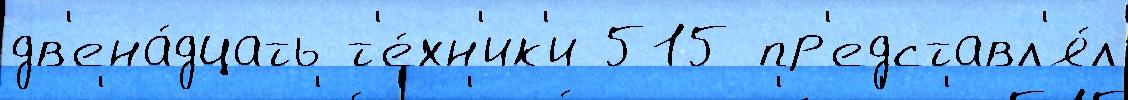
дв'ена́дцать т'е́хн'ик'и 515 пр'едставл'я́л